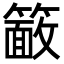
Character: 𮆖